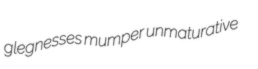
glegnesses mumper unmaturative